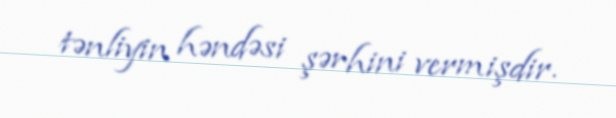
tənliyin həndəsi şərhini vermişdir.